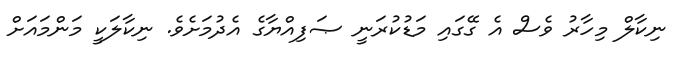
ނިކާލް މިހާރު ވެސް އެ ގޭގައި މަޑުކުރަނީ ޞަފިއްޔާގެ އެދުމަށެވެ. ނިކާލަކީ މަންމައަށް